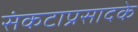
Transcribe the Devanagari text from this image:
संकटाप्रसादके